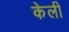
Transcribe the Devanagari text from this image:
केली